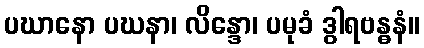
ပဃာနော ပဃနာ၊ လိန္ဒော၊ ပမုခံ ဒွါရဗန္ဓနံ။